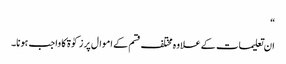
“
ان تعلیمات کے علاوہ مختلف قسم کے اموال پر زکوٰة کا واجب ہونا۔